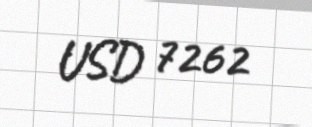
USD 7262